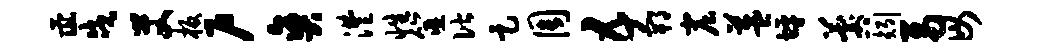
彘戍艾板户爽澧性筮偕足周五郫窟益坪晷矧鬲毋